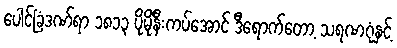
ပေါင်ခြံဒဏ်ရာ ၁၈၁၃ ပိုမိုနီးကပ်အောင် ဒီရောက်တော့ သရဏဂုံနှင့်